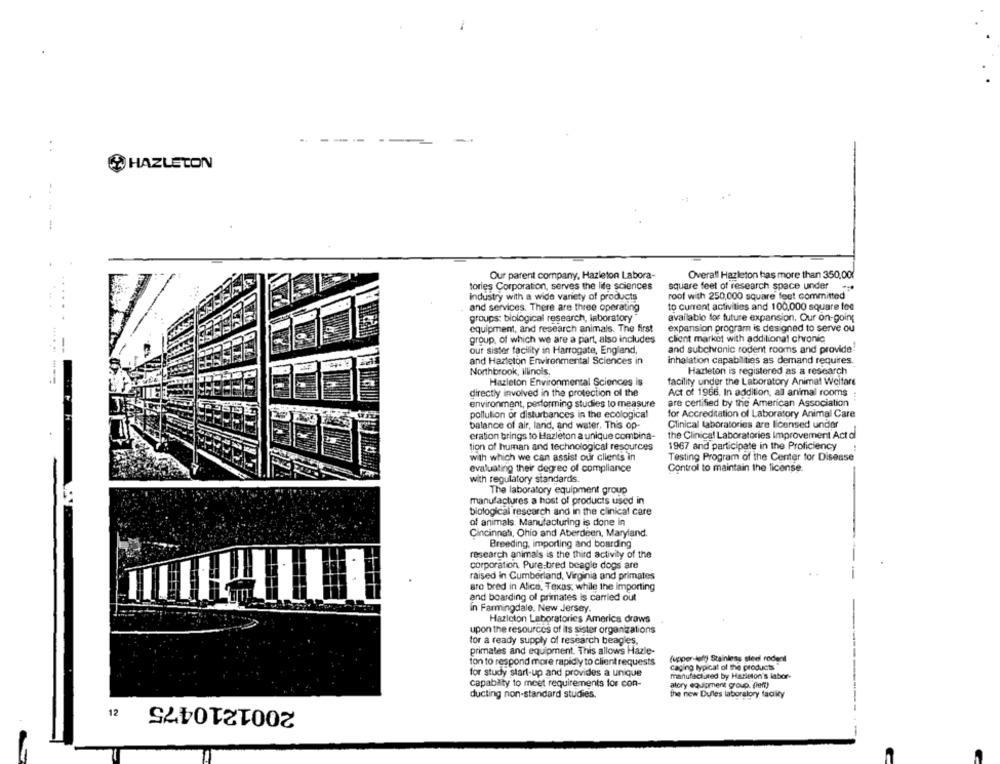
..
--
..
HAZLETON
-
Our parent company, Hazleton Labora-
Overall Hazleton has more than 350,00
tories Corporation, serves the life sciences
square feet of research space under
industry with a wide variety of products
roof with 250,000 square feet committed
and services. There are three operating
to Current activities and 100.000 square fee
groups: biological research, laboratory
available for future expansion. Our on-going
equipment, and research animals. The first
expansion program is designed to serve ou
group, of which we are a part, also includes
client market with additional chronic
our sister facility in Harrogate, England,
and subchronic rodent rooms and provide
and Hazleton Environmental Sciences in
inhalation capabilities as demand requires.
Northbrook, Illinois.
Hazleton is registered as a research
Hazleton Environmental Sciences is
facility under the Laboratory Animal Welfare
directly involved in the protection of the
Act of 1956. In addition, all animal rooms
environment, performing studies to measure
are certified by the American Association
for Accreditation of Laboratory Animal Care
pollution of disturbances in the ecological
balance of air, land, and water. This op-
Clinical laboratories are licensed under
eration brings to Hazleton a unique combina-
the Clinical Laboratories Improvement Act of
tion of human and technological resources
1967 and participate in the Proficiency
with which we can assist our clients in
Testing Program of the Center for Disease
evaluating their degrec of compliance
Control to maintain the license.
with regulatory standards.
The laboratory equipment group
manufactures a host of products used in
biological research and in the clinical care
of animals. Manufacturing is done in
Cincinnati, Ohio and Aberdeen, Maryland.
Breeding, importing and boarding
research animals is the third activity of the
corporation. Pure bred beagle dogs are
raised in Cumberland, Virginia and primates
aro bred in Alice, Texas, while the importing
and boarding of primates is carried out
in Farmingdale, New Jersey.
Hazleton Laboratories America draws
upon the resources of its sister organizations
for a ready supply of research beagles,
primates and equipment. This allows Hazle-
(upper left) Stainless steel rodent
ton to respond more rapidly to client requests
for study start-up and provides a unique
caging typical of the products
manufactured by Harleton's labor-
capability to meet requirements for con-
atory equipment group. fleft)
ducting non-standard studies.
the new Dufles laboralory faciky
2001210475
12